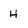
Character: H